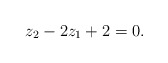
\begin{align*}z_2 - 2 z_1 + 2 = 0. \end{align*}